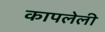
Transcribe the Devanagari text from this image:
कापलेली